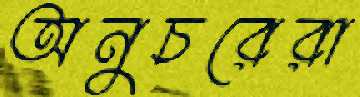
অনুচরেরা